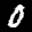
Label: 0